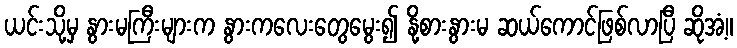
ယင်းသို့မှ နွားမကြီးများက နွားကလေးတွေမွေး၍ နို့စားနွားမ ဆယ်ကောင်ဖြစ်လာပြီ ဆိုအံ့။